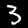
Digit: 3